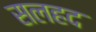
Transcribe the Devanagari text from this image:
सलहद